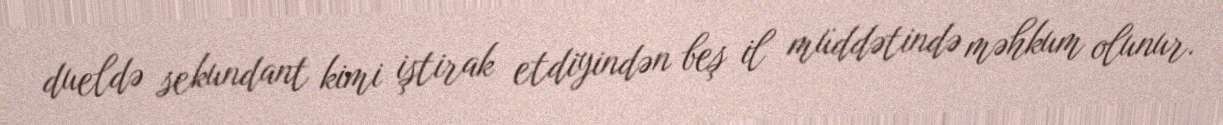
dueldə sekundant kimi iştirak etdiyindən beş il müddətində məhkum olunur.